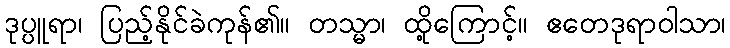
ဒုပ္ပူရာ၊ ပြည့်နိုင်ခဲကုန်၏။ တသ္မာ၊ ထို့ကြောင့်။ ဧတေဒုရာဝါသာ၊